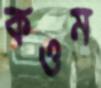
কওম